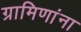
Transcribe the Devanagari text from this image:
ग्रामिणांना